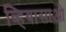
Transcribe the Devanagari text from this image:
व्हियासाओ